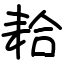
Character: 耠